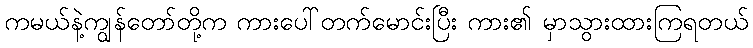
ကမယ်နဲ့ကျွန်တော်တို့က ကားပေါ်တက်မောင်းပြီး ကား၏ မှာသွားထားကြရတယ်